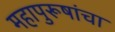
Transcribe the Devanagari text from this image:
महापुरूषांचा